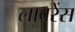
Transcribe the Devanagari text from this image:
लावरेंस